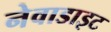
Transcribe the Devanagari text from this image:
नेवाडाइट